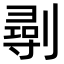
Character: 𠟢